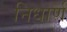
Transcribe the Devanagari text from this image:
निधार्ण